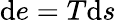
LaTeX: \textrm{d}e=T\textrm{d}s